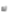
له